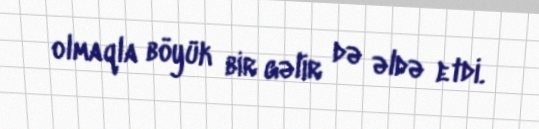
olmaqla böyük bir gəlir də əldə etdi.